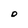
Character: O